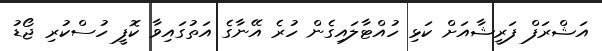
އަޝްރަފް ފަރީޝާއަށް ކަޅި ހުއްޓާލައިގެން ހުރެ އޭނާގެ އަތުގައިވާ ކޮފީ ހުސްކުރި ޖޯޑު